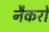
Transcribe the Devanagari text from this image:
नैकरों